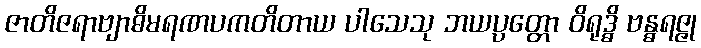
ဇာတိဇရာဗျာဓိမရဏပကတိတာယ ပါသေသု ဘယပ္ပတ္တော ဝိရုဒ္ဓိ ဗန္ဓရဇ္ဇု